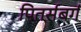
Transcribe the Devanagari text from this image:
पितर्सबर्ग